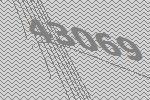
43069